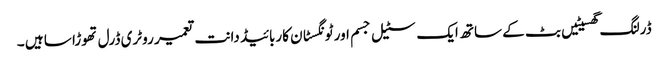
ڈرلنگ گھسیٹیں بٹ کے ساتھ ایک سٹیل جسم اور ٹونگسٹان کاربائیڈ دانت تعمیر روٹری ڈرل تھوڑا سا ہیں ۔